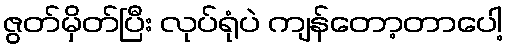
ဇွတ်မှိတ်ပြီး လုပ်ရုံပဲ ကျန်တော့တာပေါ့